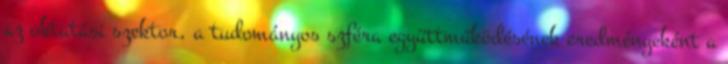
az oktatási szektor, a tudományos szféra együttműködésének eredményeként a